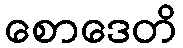
စောဒေတိ